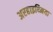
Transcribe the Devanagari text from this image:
अरहाइथ्मिया